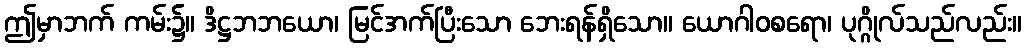
ဤမှာဘက် ကမ်း၌။ ဒိဋ္ဌဘဘယော၊ မြင်အက်ပြီးသော ဘေးရန်ရှိသော။ ယောဂါဝစရော၊ ပုဂ္ဂိုလ်သည်လည်း။